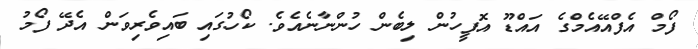
ފޯމް އެފްއޭއެމްގެ އައްޑޫ އޮފީހުން ލިބެން ހުންނާނެއެވެ. ކޯހުގައި ބައިވެރިވަން އެދޭ ފޯމު